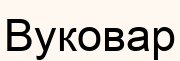
Вуковар